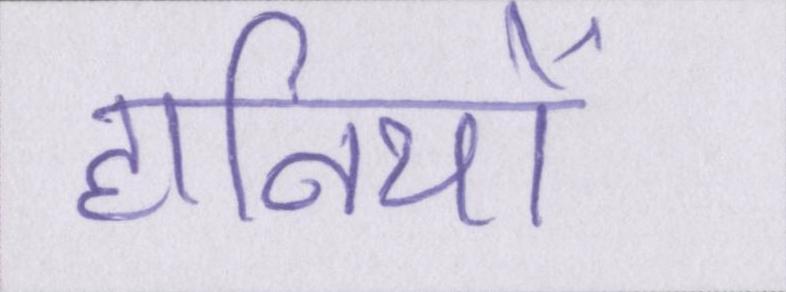
हानियों